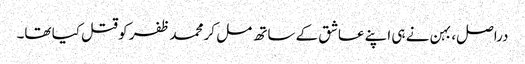
دراصل، بہن نے ہی اپنے عاشق کے ساتھ مل کر محمد ظفر کو قتل کیا تھا۔